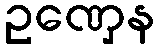
ဥဏှေန